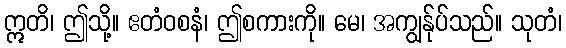
ဣတိ၊ ဤသို့။ ဧတံဝစနံ၊ ဤစကားကို။ မေ၊ အကျွန်ုပ်သည်။ သုတံ၊